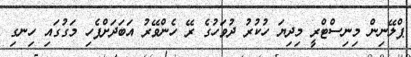
ޕްލޭނިން މިނިސްޓްރީ މިދިޔަ ހުކުރު ދުވަހުގެ ރޭ ހެންވޭރު އަބަދަށްފެހި މަގުގައި ހިނގި